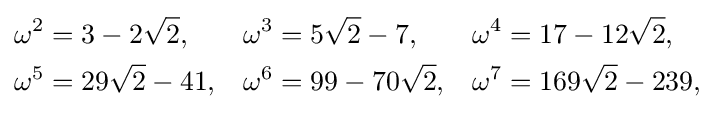
{\begin{aligned}\omega ^{2}&=3-2{\sqrt {2}},&\omega ^{3}&=5{\sqrt {2}}-7,&\omega ^{4}&=17-12{\sqrt {2}},\\\omega ^{5}&=29{\sqrt {2}}-41,&\omega ^{6}&=99-70{\sqrt {2}},&\omega ^{7}&=169{\sqrt {2}}-239,\,\end{aligned}}